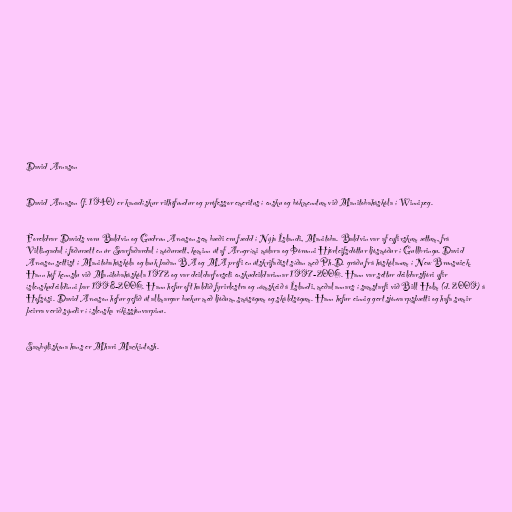
David Arnason

David Arnason (f. 1940) er kanadískur rithöfundur og prófessor emeritus í ensku og bókmenntum við Manitobaháskóla í Winnipeg.

Foreldrar Davids voru Baldvin og Gudrun Arnason sem bæði eru fædd í Nýja Íslandi, Manitoba. Baldvin var af eyfirskum ættum, frá
Villingadal í föðurætt en úr Svarfaðardal í móðurætt, kominn út af Arngrími málara og Þórunni Hjörleifsdóttur ljósmóður í Gullbringu. David
Arnason settist í Manitobaháskóla og lauk þaðan BA og MA prófi en útskrifaðist síðan með Ph.D. gráðu frá háskólanum í New Brunswick.
Hann hóf kennslu við Manitobaháskóla 1972 og var deildarforseti enskudeildarinnar 1997-2006. Hann var settur deildarstjóri yfir
íslenskudeildinni þar 1998-2006. Hann hefur oft haldið fyrirlestra og námskeið á Íslandi, meðal annars í samstarfi við Bill Holm (d. 2009) á
Hofsósi. David Arnason hefur gefið út allmargar bækur með ljóðum, smásögum og skáldsögum. Hann hefur einnig gert sjónvarpsþætti og hafa sumir
þeirra verið sýndir í íslenska ríkissjónvarpinu.

Sambýliskona hans er Mhari Mackintosh.